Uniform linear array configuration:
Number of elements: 4
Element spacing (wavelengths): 0.25
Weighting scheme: cosine
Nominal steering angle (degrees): -45
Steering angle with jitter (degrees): -45.512
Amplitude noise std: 0.05
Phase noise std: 0.05

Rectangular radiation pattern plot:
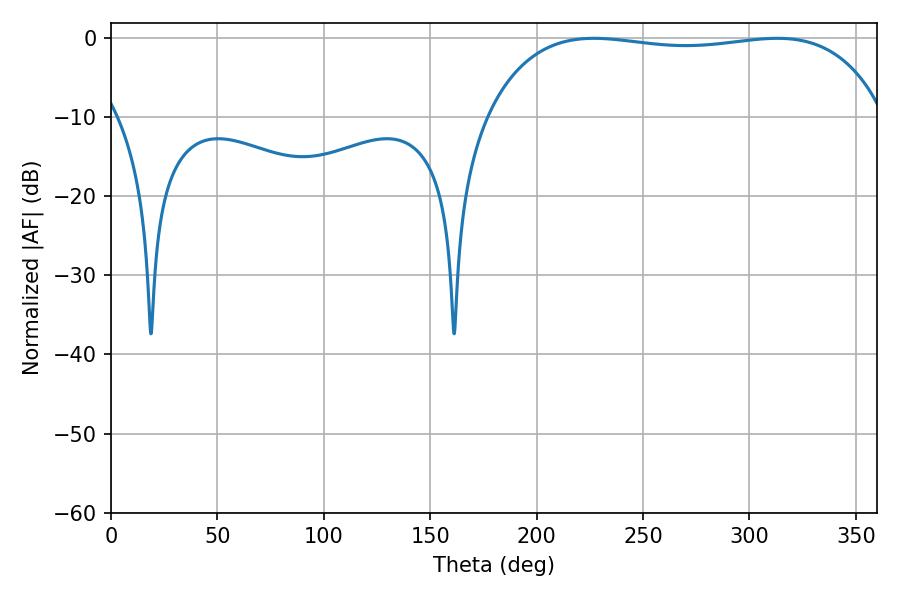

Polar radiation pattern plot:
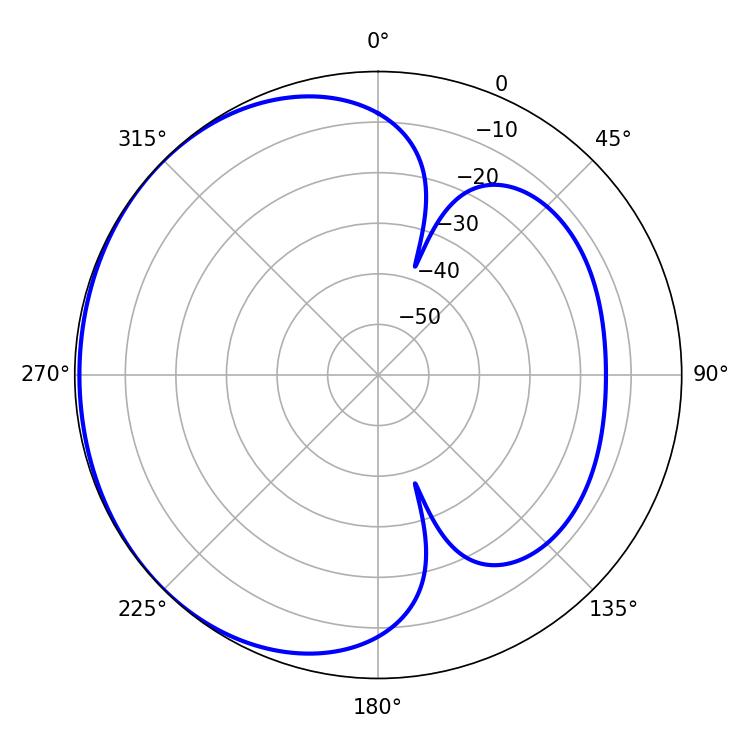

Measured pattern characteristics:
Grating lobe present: FALSE
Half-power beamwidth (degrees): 150.12
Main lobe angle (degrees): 226.98